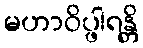
မဟာဝိပ္ဖါရန္တိ